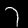
Digit: 7